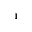
_ 1